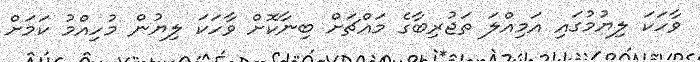
ވާހަކަ ލިޔުމުގައި އަމިއްލަ ތަޖުރިބާގެ މައްޗަށް ބިނާކޮށް ވާހަކަ ލިޔުން މުހިއްމު ކަމަށް